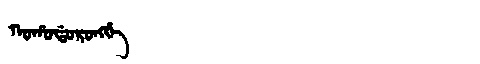
Manchu: ᡴᠣᡥᠣᡩᠣᡵᠣᠩᡤᡝ
Romanization: KOHODORONGGE